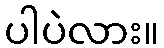
ပါပဲလား။